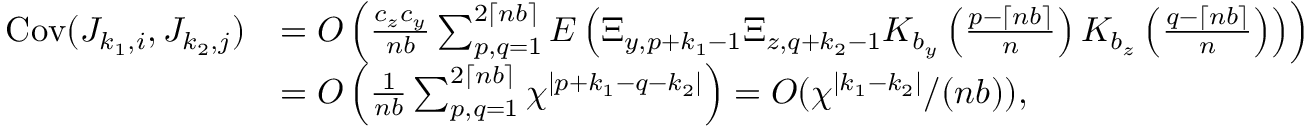
\begin{array} { r l } { \mathrm { C o v } ( J _ { k _ { 1 } , i } , J _ { k _ { 2 } , j } ) } & { = O \left( \frac { c _ { z } c _ { y } } { n b } \sum _ { p , q = 1 } ^ { 2 \lceil n b \rceil } E \left( \Xi _ { y , p + k _ { 1 } - 1 } \Xi _ { z , q + k _ { 2 } - 1 } K _ { b _ { y } } \left( \frac { p - \lceil n b \rceil } { n } \right) K _ { b _ { z } } \left( \frac { q - \lceil n b \rceil } { n } \right) \right) \right) } \\ & { = O \left( \frac { 1 } { n b } \sum _ { p , q = 1 } ^ { 2 \lceil n b \rceil } \chi ^ { | p + k _ { 1 } - q - k _ { 2 } | } \right) = O ( \chi ^ { | k _ { 1 } - k _ { 2 } | } / ( n b ) ) , } \end{array}